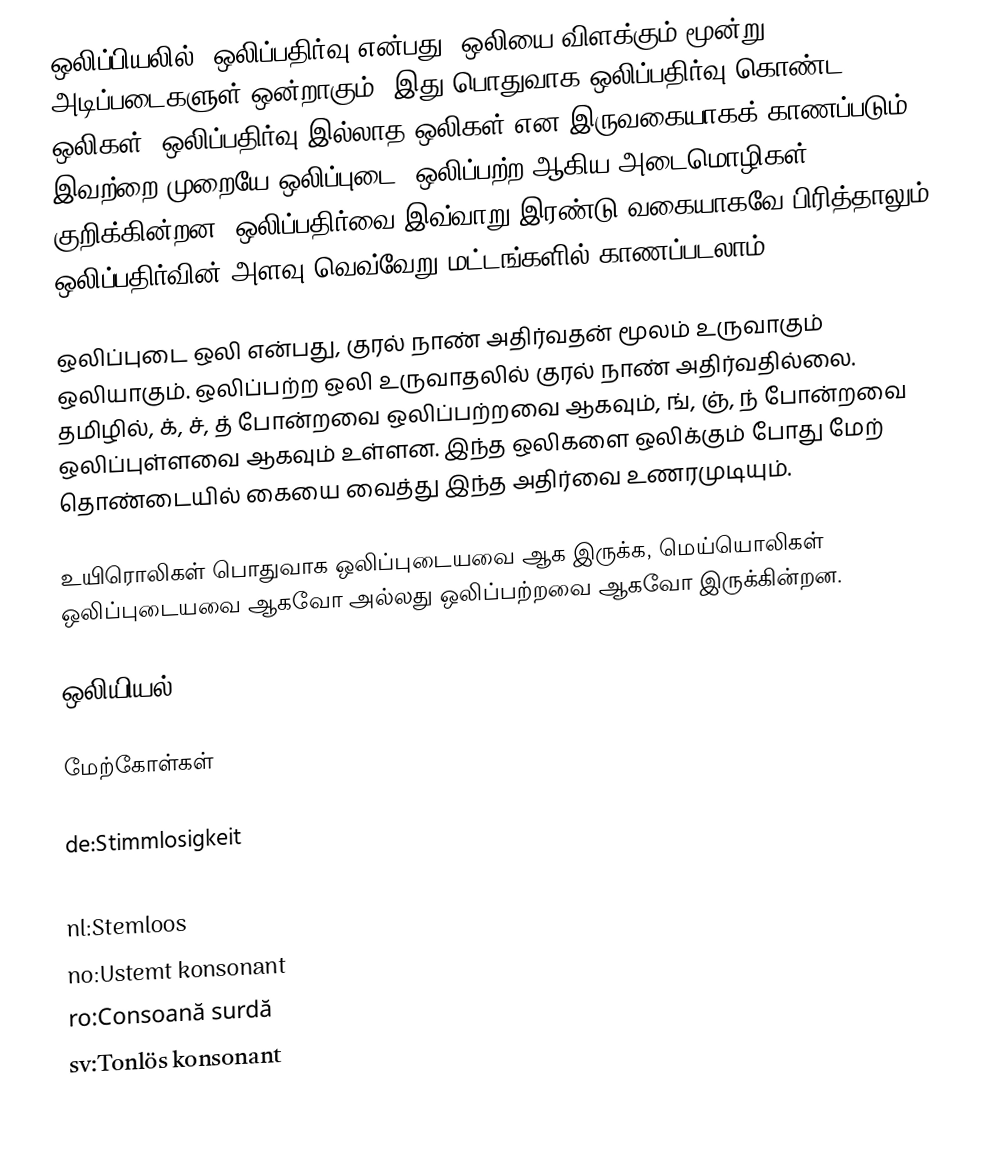
ஒலிப்பியலில், ஒலிப்பதிர்வு என்பது, ஒலியை விளக்கும் மூன்று அடிப்படைகளுள் ஒன்றாகும். இது பொதுவாக ஒலிப்பதிர்வு கொண்ட ஒலிகள், ஒலிப்பதிர்வு இல்லாத ஒலிகள் என இருவகையாகக் காணப்படும். இவற்றை முறையே ஒலிப்புடை, ஒலிப்பற்ற ஆகிய அடைமொழிகள் குறிக்கின்றன. ஒலிப்பதிர்வை இவ்வாறு இரண்டு வகையாகவே பிரித்தாலும், ஒலிப்பதிர்வின் அளவு வெவ்வேறு மட்டங்களில் காணப்படலாம்.

ஒலிப்புடை ஒலி என்பது, குரல் நாண் அதிர்வதன் மூலம் உருவாகும் ஒலியாகும். ஒலிப்பற்ற ஒலி உருவாதலில் குரல் நாண் அதிர்வதில்லை. தமிழில், க், ச், த் போன்றவை ஒலிப்பற்றவை ஆகவும், ங், ஞ், ந் போன்றவை ஒலிப்புள்ளவை ஆகவும் உள்ளன. இந்த ஒலிகளை ஒலிக்கும் போது மேற் தொண்டையில் கையை வைத்து இந்த அதிர்வை உணரமுடியும்.

உயிரொலிகள் பொதுவாக ஒலிப்புடையவை ஆக இருக்க, மெய்யொலிகள் ஒலிப்புடையவை ஆகவோ அல்லது ஒலிப்பற்றவை ஆகவோ இருக்கின்றன.

ஒலியியல்

மேற்கோள்கள்

de:Stimmlosigkeit
fi:Soinniton äänne
nl:Stemloos
no:Ustemt konsonant
ro:Consoană surdă
sv:Tonlös konsonant